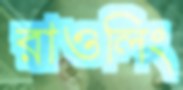
রাওলিং